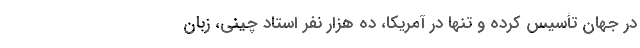
در جهان تأسیس کرده و تنها در آمریکا، ده هزار نفر استادِ چینی، زبان